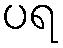
ပရ